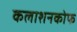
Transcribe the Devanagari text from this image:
कलाशनकोफ